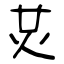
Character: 炗